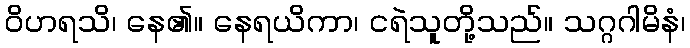
ဝိဟရသိ၊ နေ၏။ နေရယိကာ၊ ငရဲသူတို့သည်။ သဂ္ဂဂါမိနံ၊